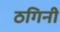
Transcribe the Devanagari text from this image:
ठगिनी